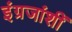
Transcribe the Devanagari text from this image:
इंग्रजांशीं